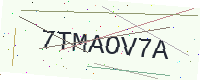
Text: 7TMAOV7A